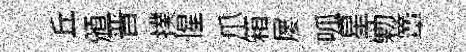
丘頒晋撲惺爪箱屡呱星勦簟